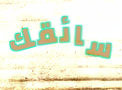
سائقك